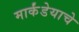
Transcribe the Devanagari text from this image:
मार्कंडेयाचे